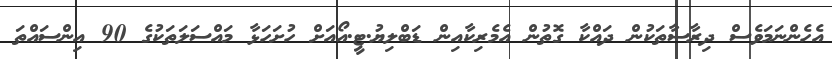
އެހެންނަމަވެސް ދިރާސާތަކުން ދައްކާ ގޮތުން އެމެރިކާއިން ޑަބްލިޔު.ޓީ.އޯއަށް ހުށަހަޅާ މައްސަލަތަކުގެ 90 އިންސައްތަ